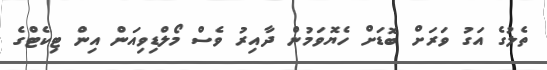
ތެލުގެ އަގު ވަރަށް ބޮޑަށް ހެޔޮވަމުން ދާއިރު ވެސް މޯލްޑިވިއަން އިން ޓިކެޓްގެ